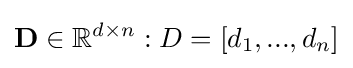
\mathbf {D} \in \mathbb {R} ^{d\times n}:D=[d_{1},...,d_{n}]